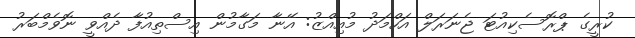
ކުރީގެ ޕްރޮސެކިއުޓަ ޖެނަރަލް އަހްމަދު މުއިއްޒު: އޭނާ މަގާމުން އިސްތިއުފާ ދެއްވީ ނޮވެމްބަރު